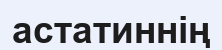
астатиннің